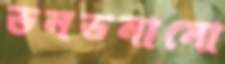
ভনভনানো